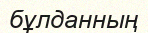
бұлданның